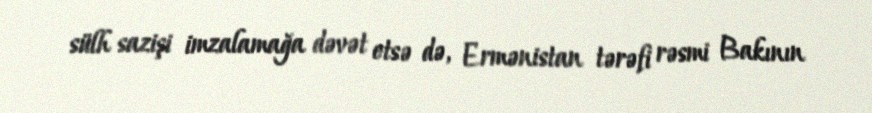
sülh sazişi imzalamağa dəvət etsə də, Ermənistan tərəfi rəsmi Bakının